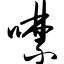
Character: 噤